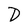
Character: D